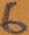
Text: 6